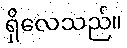
ရှိလေသည်။